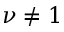
\nu \ne 1